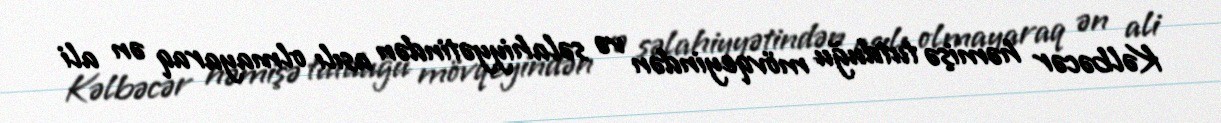
Kəlbəcər həmişə tutduğu mövqeyindən və səlahiyyətindən asılı olmayaraq ən ali